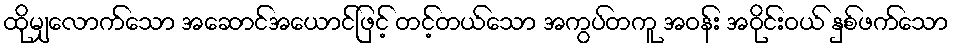
ထိုမျှလောက်သော အဆောင်အယောင်ဖြင့် တင့်တယ်သော အကွပ်တကူ အဝန်း အဝိုင်းဝယ် နှစ်ဖက်သော